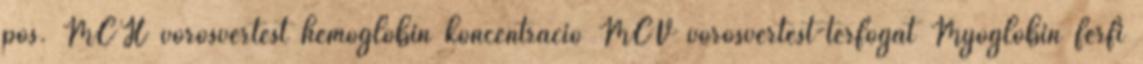
pos. MCH vörösvértest hemoglobin koncentráció MCV vörösvértest-térfogat Myoglobin férfi